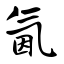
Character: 氤